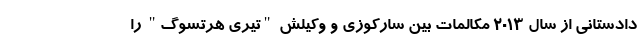
دادستانی از سال 2013 مکالمات بین سارکوزی و وکیلش "تیری هرتسوگ" را